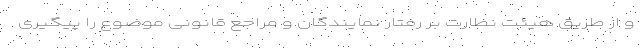
و از طریق هیئت نظارت بر رفتار نمایندگان و مراجع قانونی موضوع را پیگیری